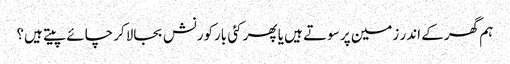
ہم گھر کے اندر زمین پر سوتے ہیں یا پھر کئی بارکورنش بجالاکر چائے پیتے ہیں؟